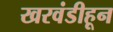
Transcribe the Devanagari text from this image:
खरवंडीहून